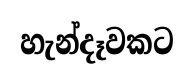
හැන්දෑවකට